Report by Surgeon-Major Lyons, I.M.S., President of the Plague Research Committee - Part I
Disease focus: Plague
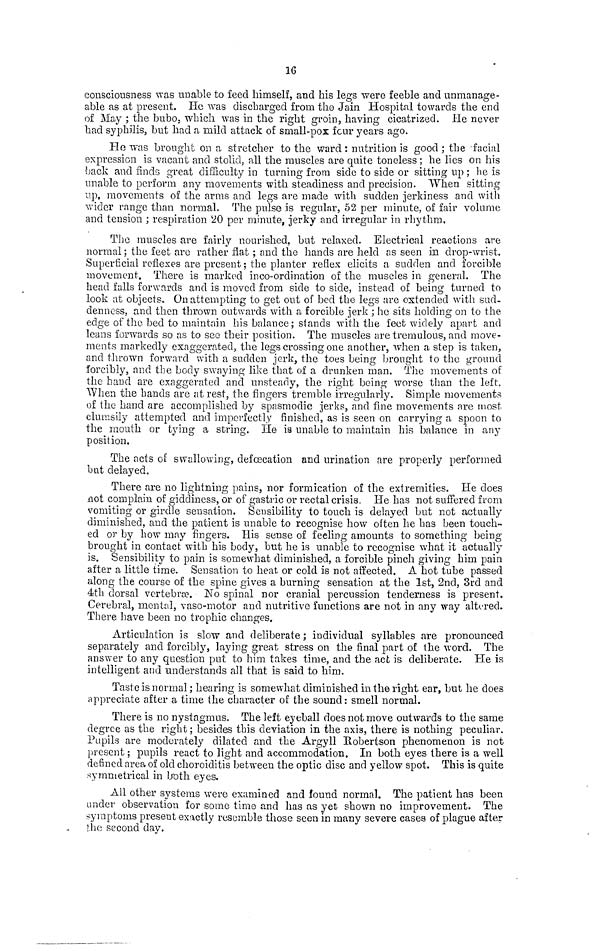
16
consciousness was unable to feed himself, and his legs were feeble and unmanage-
able as at present. He was discharged from the Jain Hospital towards the end
of May ; the bubo, which was in the right groin, having cicatrized. He never
had syphilis, but had a mild attack of small-pox fcur years ago.
He was brought on a stretcher to the ward : nutrition is good ; the facial
expression is vacant and stolid, all the muscles are quite toneless ; he lies on his
back and finds great difficulty in turning from side to side or sitting up ; he is
unable to perform any movements with steadiness and precision. When sitting
up, movements of the arms and legs are made with sudden jerkin ess and with
wider range than normal. The pulso is regular, 52 per minute, of fair volume
and tension ; respiration 20 per minute, jerky and irregular in rhythm.
The muscles are fairly nourished, but relaxed. Electrical reactions are
normal ; the feet are rather flat ; and the hands are held as seen in drop-wrist.
Superficial reflexes are present ; the planter reflex elicits a sudden and forcible
movement. There is marked inco-ordination of the muscles in general. The
head falls forwards and is moved from side to side, instead of being turned to
look at objects. On attempting to get out of bed the legs are extended with sud-
denness, and then thrown outwards with a forcible jerk ; he sits holding on to the
edge of the bed to maintain his balance; stands with the feet widely apart and
leans forwards so as to see their position. The muscles are tremulous, and move-
ments markedly exaggerated, the legs crossing one another, when a step is taken,
and thrown forward with a sudden jerk, the toes being brought to the ground
forcibly, and the body swaying like that of a drunken man. The movements of
the hand are exaggerated and unsteady, the right being worse than the left.
When the hands are at rest, the fingers tremble irregularly. Simple movements
of the hand are accomplished by spasmodic jerks, and fine movements are most
clumsily attempted and imperfectly finished, as is seen on carrying a spoon to
the mouth or tying a string. He is unable to maintain his balance in any
position.
The acts oí swallowing, defoecation and urination are properly performed
but delayed.
There are no lightning pains, nor formication of the extremities. He does
not complain of giddiness, or of gastric or rectal crisis. He has not suffered from
vomiting or girdle sensation. Sensibility to touch is delayed but not actually
diminished, and the patient is unable to recognise how often he has been touch-
ed or by how may fingers. His sense of feeling amounts to something being
brought in contact with his body, but he is unable to recognise what it actually
is. Sensibility to pain is somewhat diminished, a forcible pinch giving him pain
after a little time. Sensation to heat or cold is not affected. A hot tube passed
along the course of the spine gives a burning sensation at the 1st, 2nd, 3rd and
4th dorsal vertebra?. No spinal nor cranial percussion tenderness is present.
Cerebral, mental, vaso-motor and nutritive functions are not in any way altered.
There have been no trophic changes.
Articulation is slow and deliberate ; individual syllables are pronounced
separately and forcibly, laying great stress on the final part of the word. The
answer to any question put to him takes time, and the act is deliberate. He is
intelligent and understands all that is said to him»
Taste is normal; hearing is somewhat diminished in the right ear, but he does
appreciate after a time the character of the sound: smell normal.
There is no nystagmus. The left eyeball does not move outwards to the same
degree as the right ; besides this deviation in the axis, there is nothing peculiar.
Pupils are moderately dilated and the Argyll Robertson phenomenon is not
present ; pupils react to light and accommodation. In both eyes there is a well
defined area of old choroiditis between the optic disc and yellow spot. This is quite
symmetrical in jroth eyes.
All other systems were examined and found normal. The patient has been
under observation for some time and has as yet shown no improvement. The
symptoms present exactly resemble those seen in many severe cases of plague after
the second day.